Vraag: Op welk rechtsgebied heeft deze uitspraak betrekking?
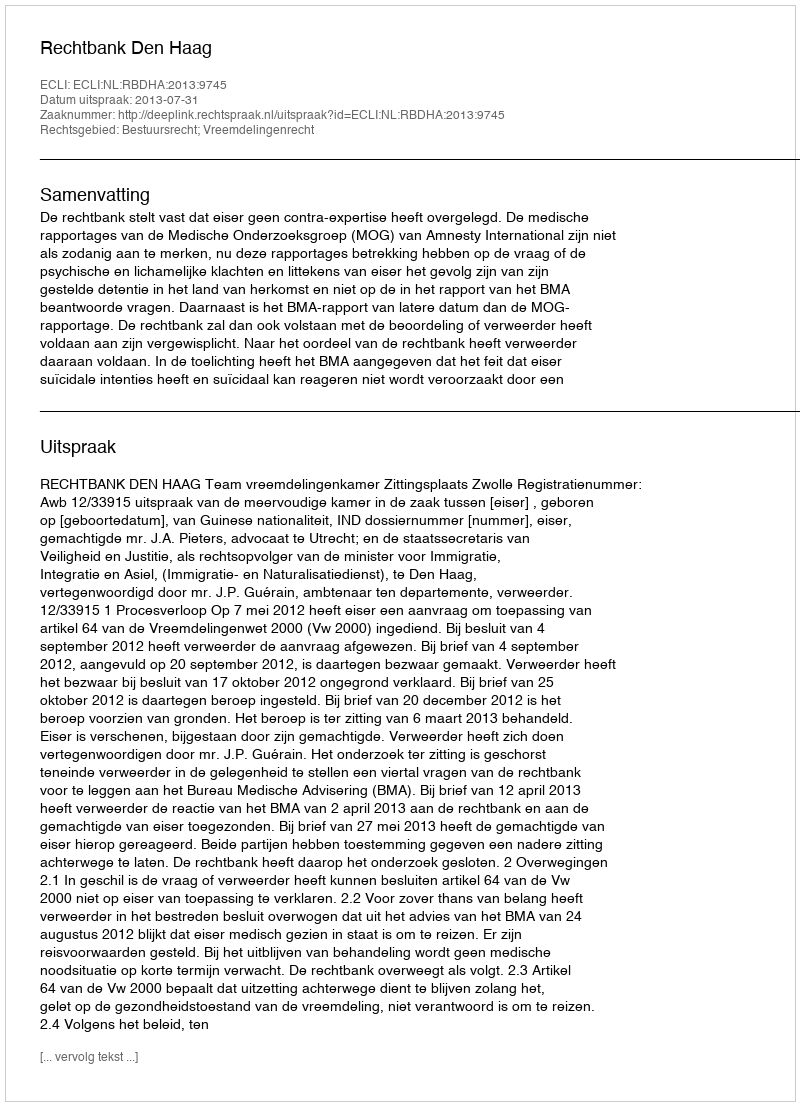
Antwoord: Bestuursrecht; Vreemdelingenrecht